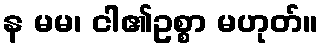
န မမ၊ ငါ၏ဥစ္စာ မဟုတ်။